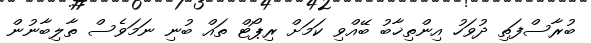
ބުރާސްފަތި ދުވަހު އިންތިޚާބު ބޭއްވި ކަމަށް ރިޕޯޓް ތައް ބުނި ނަމަވެސް ތާލިބާނުން